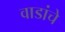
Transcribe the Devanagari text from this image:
वाडांचे